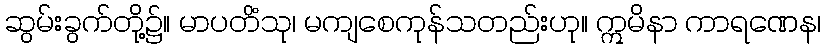
ဆွမ်းခွက်တို့၌။ မာပတိံသု၊ မကျစေကုန်သတည်းဟု။ ဣမိနာ ကာရဏေန၊